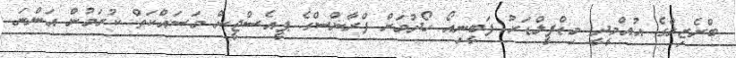
ބްރެޒިލްގެ އުއްމީދީ މިޑްފީލްޑަރު ފަބީނިއޯ ހޯދުމަށް ފްރާންސްގެ ޕީއެސްޖީން މަސައްކަތް ކުރަމުން އަންނަ